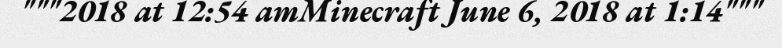
"""2018 at 12:54 amMinecraft June 6, 2018 at 1:14"""